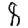
Digit: 8